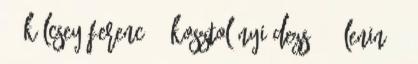
21 kölcsey ferenc 21 kosztolányi dezső 29 lenin 22